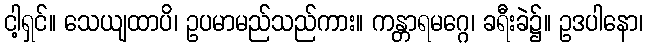
ငါ့ရှင်။ သေယျထာပိ၊ ဥပမာမည်သည်ကား။ ကန္တာရမဂ္ဂေ၊ ခရီးခဲ၌။ ဥဒပါနော၊